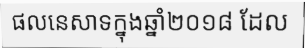
ផលនេសាទក្នុងឆ្នាំ២០១៨ ដែល